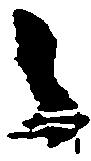
候